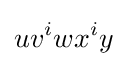
uv^{i}wx^{i}y